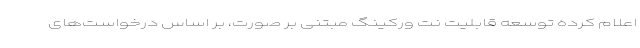
اعلام کرده توسعه قابلیت نت ورکینگ مبتنی بر صورت، بر اساس درخواست‌های